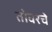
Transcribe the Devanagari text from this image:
तोवरचे